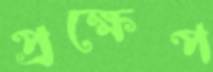
প্রক্ষেপ